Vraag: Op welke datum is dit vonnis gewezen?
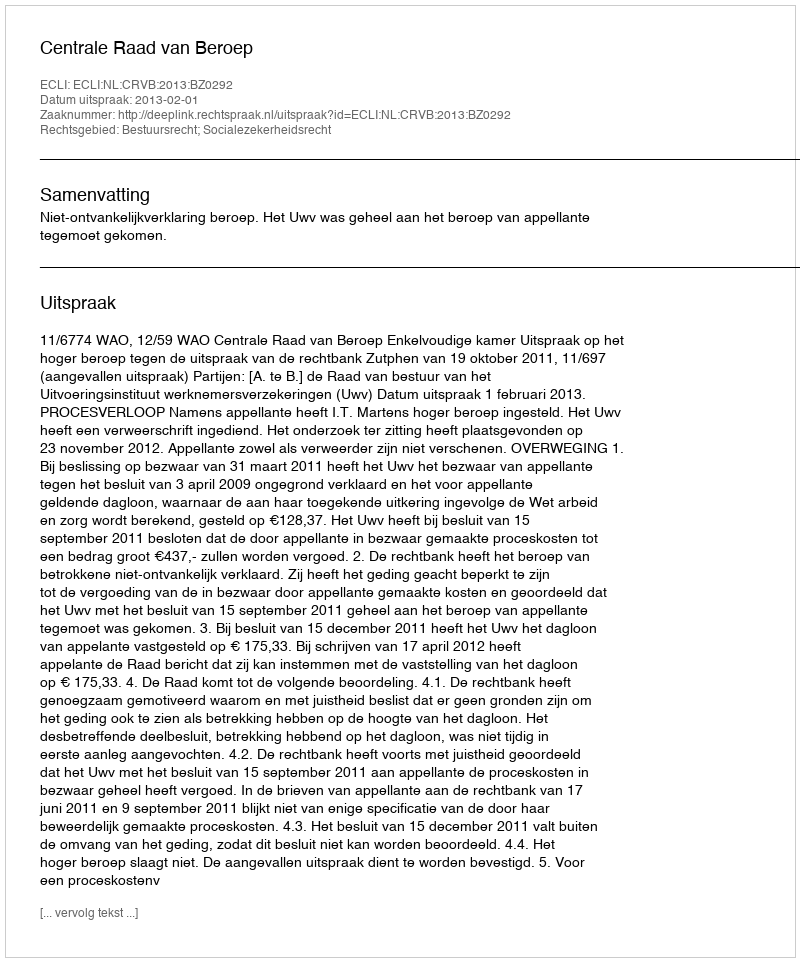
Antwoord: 2013-02-01